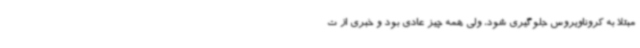
مبتلا به کروناویروس جلوگیری شود، ولی همه چیز عادی بود و خبری از ت